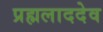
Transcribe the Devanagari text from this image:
प्रह्मलाददेव